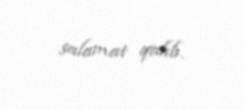
salamat qalıb.